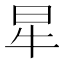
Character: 𤘵